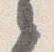
之